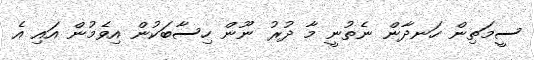
ސީމަތިން ހަނދާން ނެތުނީ މާ ދުރު ނޫން ހިސާބަކުން އިވެމުން އައި އެ